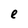
Character: e